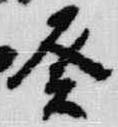
癸